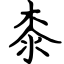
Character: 桼